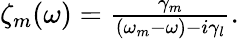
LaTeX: \begin{array}{r}{\zeta_{m}(\omega)=\frac{\gamma_{m}}{(\omega_{m}-\omega)-i\gamma_{l}}.}\end{array}